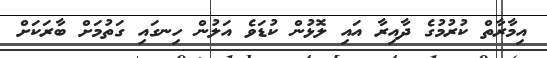
އިމާރާތް ކުރުމުގެ ދާއިރާ އައި ލޮޅުން ކުޑަވެ އަލުން ހިނގައި ގަތުމަށް ބާރަކަށް